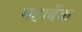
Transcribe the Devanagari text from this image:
महाबँक